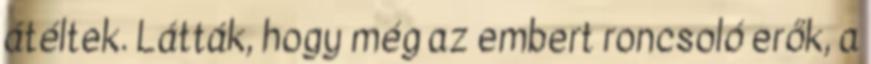
átéltek. Látták, hogy még az embert roncsoló erők, a